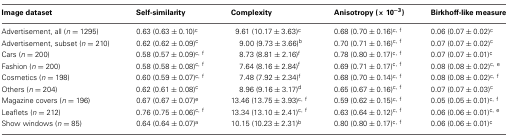
<table><thead><tr><td><b>Image dataset</b></td><td><b>Self-similarity</b></td><td><b>Complexity</b></td><td><b>Anisotropy (× 10<sup>−3</sup>)</b></td><td><b>Birkhoff-like measure</b></td></tr></thead><tbody><tr><td>Advertisement, all (<i>n</i> = 1295)</td><td>0.63 (0.63 ± 0.10)<sup>c</sup></td><td>9.61 (10.17 ± 3.63)<sup>c</sup></td><td>0.68 (0.70 ± 0.16)<sup>c</sup>, <sup>f</sup></td><td>0.06 (0.07 ± 0.02)<sup>c</sup></td></tr><tr><td>Advertisement, subset (<i>n</i> = 210)</td><td>0.62 (0.62 ± 0.09)<sup>c</sup></td><td>9.00 (9.73 ± 3.66)<sup>b</sup></td><td>0.70 (0.71 ± 0.16)<sup>c</sup>, <sup>f</sup></td><td>0.07 (0.07 ± 0.02)<sup>c</sup></td></tr><tr><td>Cars (<i>n</i> = 200)</td><td>0.58 (0.57 ± 0.09)<sup>c</sup>, <sup>f</sup></td><td>8.73 (8.81 ± 2.16)<sup>f</sup></td><td>0.78 (0.80 ± 0.17)<sup>c</sup>, <sup>f</sup></td><td>0.07 (0.07 ± 0.01)<sup>c</sup></td></tr><tr><td>Fashion (<i>n</i> = 200)</td><td>0.58 (0.58 ± 0.08)<sup>c</sup>, <sup>f</sup></td><td>7.64 (8.16 ± 2.84)<sup>f</sup></td><td>0.69 (0.71 ± 0.17)<sup>c</sup>, <sup>f</sup></td><td>0.08 (0.08 ± 0.02)<sup>c</sup>, <sup>e</sup></td></tr><tr><td>Cosmetics (<i>n</i> = 198)</td><td>0.60 (0.59 ± 0.07)<sup>c</sup>, <sup>f</sup></td><td>7.48 (7.92 ± 2.34)<sup>f</sup></td><td>0.68 (0.70 ± 0.14)<sup>c</sup>, <sup>f</sup></td><td>0.08 (0.08 ± 0.02)<sup>c</sup>, <sup>f</sup></td></tr><tr><td>Others (<i>n</i> = 204)</td><td>0.62 (0.61 ± 0.08)<sup>c</sup></td><td>8.96 (9.16 ± 3.17)<sup>d</sup></td><td>0.65 (0.67 ± 0.16)<sup>c</sup>, <sup>f</sup></td><td>0.07 (0.07 ± 0.03)<sup>c</sup></td></tr><tr><td>Magazine covers (<i>n</i> = 196)</td><td>0.67 (0.67 ± 0.07)<sup>e</sup></td><td>13.46 (13.75 ± 3.93)<sup>c</sup>, <sup>f</sup></td><td>0.59 (0.62 ± 0.15)<sup>c</sup>, <sup>f</sup></td><td>0.05 (0.05 ± 0.01)<sup>c</sup>, <sup>f</sup></td></tr><tr><td>Leaflets (<i>n</i> = 212)</td><td>0.76 (0.75 ± 0.06)<sup>c</sup>, <sup>f</sup></td><td>13.34 (13.10 ± 2.41)<sup>c</sup>, <sup>f</sup></td><td>0.63 (0.64 ± 0.12)<sup>c</sup>, <sup>f</sup></td><td>0.06 (0.06 ± 0.01)<sup>c</sup>, <sup>e</sup></td></tr><tr><td>Show windows (<i>n</i> = 85)</td><td>0.64 (0.64 ± 0.07)<sup>a</sup></td><td>10.15 (10.23 ± 2.31)<sup>b</sup></td><td>0.80 (0.80 ± 0.17)<sup>c</sup>, <sup>f</sup></td><td>0.06 (0.06 ± 0.01)<sup>c</sup></td></tr></tbody></table>